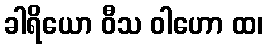
ခါရိယော ဝီသ ဝါဟော ထ၊